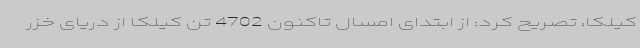
کیلکا، تصریح کرد: از ابتدای امسال تاکنون 4702 تن کیلکا از دریای خزر